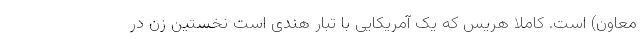
معاون) است. کاملا هریس که یک آمریکایی با تبار هندی است نخستین زن در